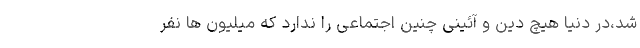
شد،در دنیا هیچ دین و آئینی چنین اجتماعی را ندارد که میلیون ها نفر